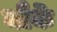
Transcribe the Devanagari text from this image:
नौर्के